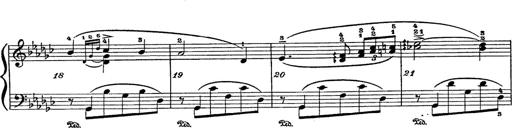
Title: 6 Polish Songs
Composer: Franz Liszt